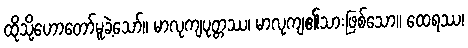
ထိုသို့ဟောတော်မူခဲ့သော်။ မာလုကျပုတ္တဿ၊ မာလုကျ၏သားဖြစ်သော။ ထေရဿ၊